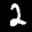
Label: 2